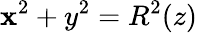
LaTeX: \mathbf{x}^{2}+y^{2}=R^{2}(z)